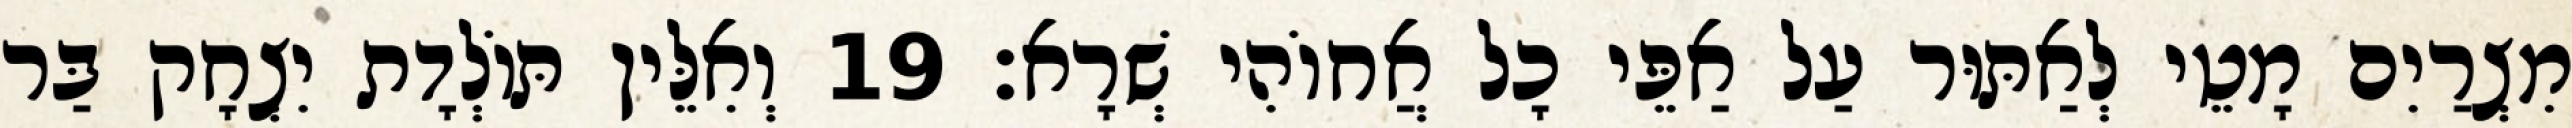
מִצְרַיִם מָטֵי לְאַתּוּר עַל אַפֵּי כָל אֲחוֹהִי שְׁרָא׃ 19 וְאִלֵּין תּוֹלְדָת יִצְחָק בַּר